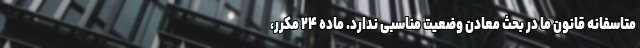
متاسفانه قانون ما در بحث معادن وضعیت مناسبی ندارد. ماده ۲۴ مکرر،